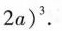
2a)^{3}.